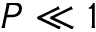
P \ll 1